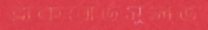
ব্লাকবোর্ডসুলভ